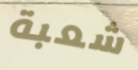
شعبة